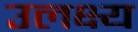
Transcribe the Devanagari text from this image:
उलक्ष्य